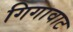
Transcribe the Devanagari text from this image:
गिगावाट